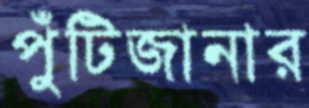
পুঁটিজানার